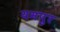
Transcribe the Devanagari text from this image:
यमपुर